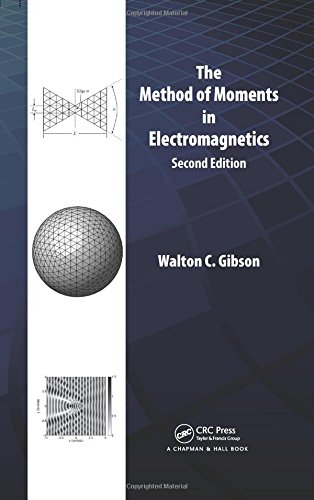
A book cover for The Method of Moments in Electromagnetics, Second Edition; Walton C. Gibson; Science & Math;